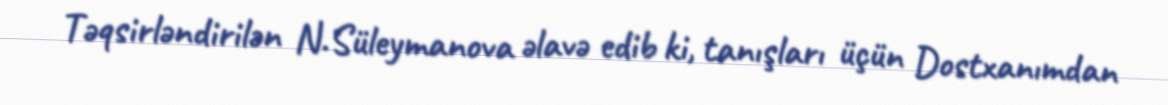
Təqsirləndirilən N.Süleymanova əlavə edib ki, tanışları üçün Dostxanımdan